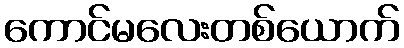
ကောင်မလေးတစ်ယောက်